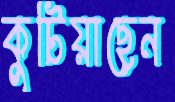
কুটিয়াছেন